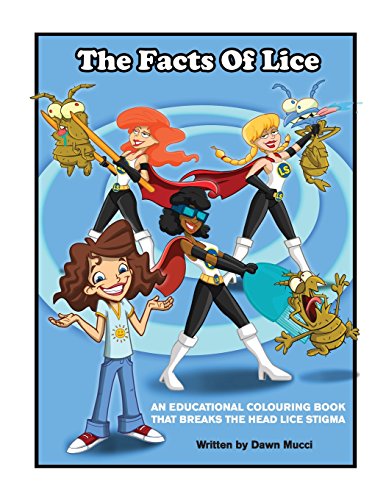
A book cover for The Facts of Lice; Dawn Mucci; Health, Fitness & Dieting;